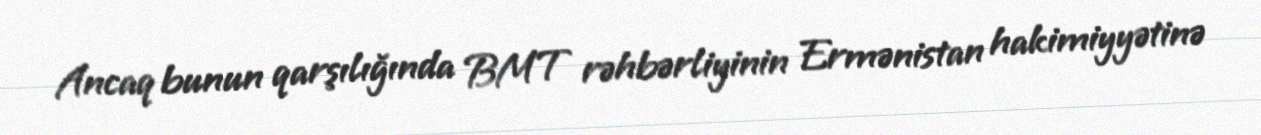
Ancaq bunun qarşılığında BMT rəhbərliyinin Ermənistan hakimiyyətinə